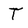
Character: T